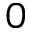
0